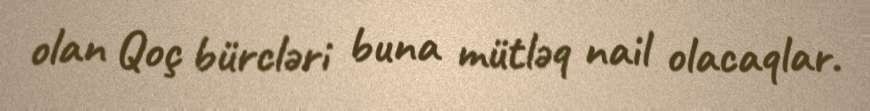
olan Qoç bürcləri buna mütləq nail olacaqlar.